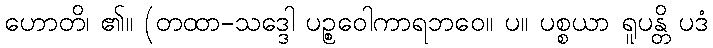
ဟောတိ၊ ၏။ (တထာ-သဒ္ဒေါ ပဉ္စဝေါကာရဘဝေ။ ပ။ ပစ္စယာ ရူပန္တိ ပဒံ